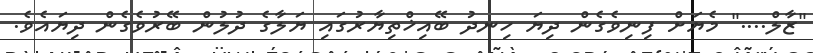
"ޒާލް...." މެޔަށް ފިނިވެގެން ދިޔަ ހިނދު ބޭއިޚްތިޔާރުގައި ޔަލާގެ ދުލުން ބޭރުވެގެން ދިޔައެވެ.